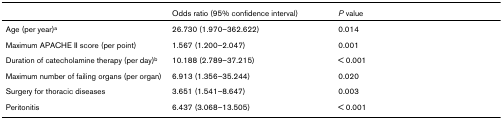
|  | Odds ratio (95% confidence interval) | P value |
 | --- | --- | --- |
 | Age (per year)a | 26.730 (1.970–362.622) | 0.014 |
 | Maximum APACHE II score (per point) | 1.567 (1.200–2.047) | 0.001 |
 | Duration of catecholamine therapy (per day)b | 10.188 (2.789–37.215) | < 0.001 |
 | Maximum number of failing organs (per organ) | 6.913 (1.356–35.244) | 0.020 |
 | Surgery for thoracic diseases | 3.651 (1.541–8.647) | 0.003 |
 | Peritonitis | 6.437 (3.068–13.505) | < 0.001 |